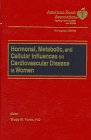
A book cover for Hormonal, Metabolic, and Cellular Influences on Cardiovascular Disease in Women (American Heart Association Monograph Series); Health, Fitness & Dieting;